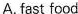
A. fast food